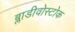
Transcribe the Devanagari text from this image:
ब्लाडीवोस्टोक